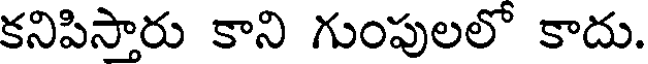
కనిపిస్తారు కాని గుంపులలో కాదు.